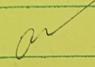
Signature authenticity: genuine